Lunatic asylums Central Provinces reports 1895-1909 - 1895-1909
Year: 1895
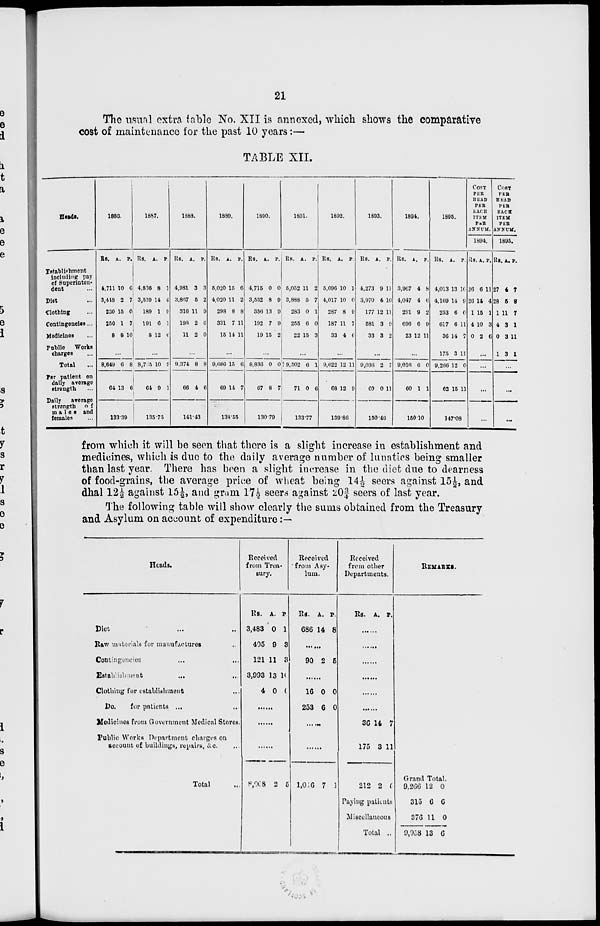
21
The usual extra table No. XII is annexed, which shows the comparative
cost of maintenance for the past 10 years:—
TABLE XII.
Heads.
Establishment
including pay
of Superinten-
dent ...
Diet ...
Clothing ...
Contingencies...
Medicines ...
Public Works
charges ...
Total ...
Per patient on
daily average
strength ...
Daily average
strength of
males and
females ...
1886.
Rs.
4.711
3,418
230
250
8
A.
10
2
15
1
8
P.
6
7
0
7
10
...
8.649
64
6
13
8
6
133.39
1887.
Rs.
4,836
3,539
189
191
8
A.
8
14
1
6
12
P.
1
4
0
1
6
...
8,7 6
64
10
9
0
1
135.75
1888.
Rs.
4,981
3,867
316
198
11
A.
3
5
11
2
2
P.
3
2
9
6
0
...
9.374
66
8
4
8
6
141.43
1889.
Rs.
5,020
4,020
298
331
15
A.
15
11
8
7
14
P.
6
2
8
11
11
...
9,686
69
15
14
6
7
138.55
1890.
Rs.
4,715
3,552
356
192
19
A.
0
8
13
7
15
P.
0
9
9
9
2
...
8,836
67
0
8
0
7
130.79
1691.
Rs.
5,052
3,888
283
255
22
A.
11
5
0
6
15
P.
2
7
1
0
3
...
J 9,502
71
6
0
1
6
133.77
1892.
Rs.
5,096
4,017
287
187
33
A.
10
10
8
11
4
P.
1
0
0
7
C
...
9,622
68
12
12
11
9
139.86
1893.
Rs.
4,273
3,970
177
581
33
A.
9
4
12
3
3
P.
1]
10
11
0
2
...
9,030
60
2
0
7
11
150.46
1894.
Rs.
3,967
4,047
291
696
23
A.
4
4
9
6
12
P.
8
6
2
9
11
...
9,016
60
6
1
0
1
150.10
1895.
Rs.
4,013
4,169
253
617
36
175
9,266
62
A.
13
14
6
6
14
3
12
15
P.
10
8
0
11
7
11
0
11
147.08
COST
PER
HEAD
PER
EACH
ITEM
PER
ANNUM.
1894.
Rs
26
26
1
4
0
A.
6
14
15
10
2
P.
11
4
1
3
6
...
...
...
...
COST
PER
HEAD
PER
EACH
ITEM
PER
ANNUM.
1895.
Rs
27
28
1
4
0
1
A.
4
5
11
3
3
3
P.
7
8
7
1
11
1
...
...
...
from which it will be seen that there is a slight increase in establishment and
medicines, which is due to the daily average number of lunatics being smaller
than last year. There has been a slight increase in the diet due to dearness
of food-grains, the average price of wheat being 14½ seers against 15½, and
dhal 12½ against 15½, and gram l7½ seers against 20¾ seers of last year.
The following table will show clearly the sums obtained from the Treasury
and Asylum on account of expenditure:—
Heads.
Diet ... ...
Raw materials for manufactures ...
Contingencies ... ...
Establishment
...
...
Clothing for establishment ...
Do.
for patients ... ...
Medicines from Government Medical Stoves.
Public Works Department charges on
account of buildings, repairs, &c. ...
Total ...
Received
from Trea-
sury.
Rs.
3,483
405
121
3,993
4
A.
0
9
11
13
0
P.
1
3
8
10
0
......
......
......
8,008 2 5
Received
from Asy-
lum.
Rs.
686
A.
14
P.
8
......
90 2 5
16
253
0
6
0
0
......
......
1,016 7 1
Received
from other
Departments.
Rs. A. P.
......
......
......
......
......
......
36
175
14
3
7
11
212 2 0
Paying patients
Miscellaneous
Total ..
REMARKS.
Grand Total.
9,266
315
376
9,958
12
6
11
13
0
6
0
6